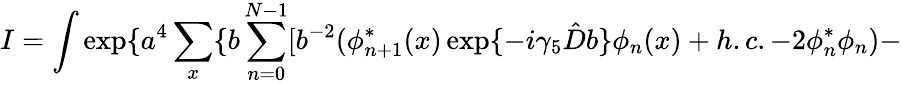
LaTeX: I=\int\exp\{ a^{4}\sum_{x}\{ b\sum_{n=0}^{N-1}[b^{-2}(\phi_{n+1}^{*}(x)\exp\{ -i\gamma_{5}\hat{D}b\} \phi_{n}(x)+h.c.-2\phi_{n}^{*}\phi_{n})-